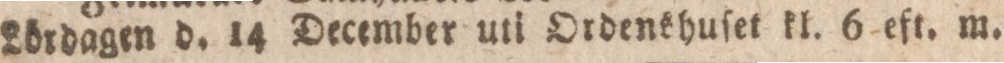
Lördagen d. 14 December uti Ordenkhuſet kl. 6 eft. m.